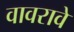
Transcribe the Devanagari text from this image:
वावरावे